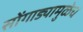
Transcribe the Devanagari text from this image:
सोंगाड्यामुळेच